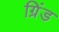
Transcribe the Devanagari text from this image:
ग्रिंड